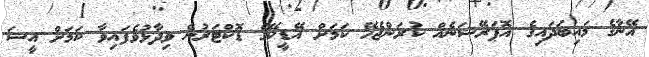
އޭނާގެ މައިބަދައިގެ އޮޕަރޭޝަނެއް ކުރަންޖެހޭ ކަމަށް އޭޑީކޭގެ ޑޮކްޓަރުން ވިދާޅުވެފައިވާ ކަމަށް އީސަ